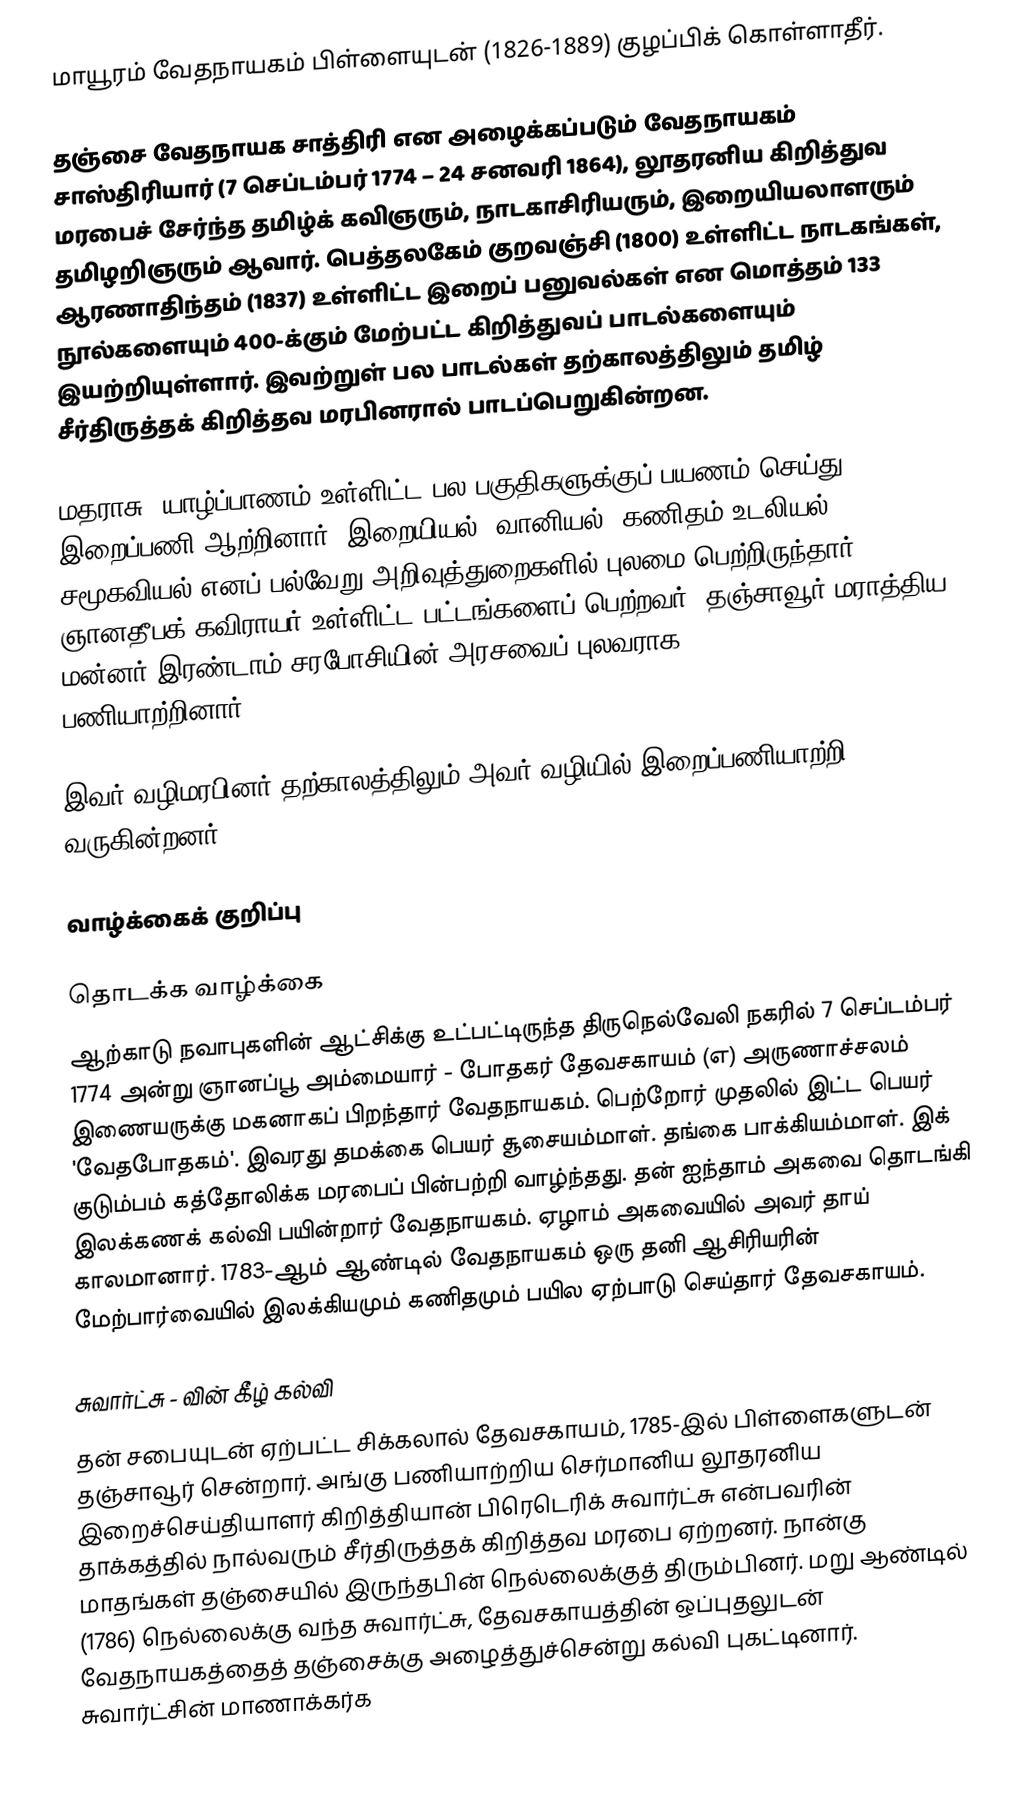
மாயூரம் வேதநாயகம் பிள்ளையுடன் (1826-1889) குழப்பிக் கொள்ளாதீர்.

தஞ்சை வேதநாயக சாத்திரி என அழைக்கப்படும் வேதநாயகம் சாஸ்திரியார் (7 செப்டம்பர் 1774 – 24 சனவரி 1864), லூதரனிய கிறித்துவ மரபைச் சேர்ந்த தமிழ்க் கவிஞரும், நாடகாசிரியரும், இறையியலாளரும் தமிழறிஞரும் ஆவார்.  பெத்தலகேம் குறவஞ்சி (1800) உள்ளிட்ட நாடகங்கள்,  ஆரணாதிந்தம் (1837) உள்ளிட்ட இறைப் பனுவல்கள் என மொத்தம் 133 நூல்களையும் 400-க்கும் மேற்பட்ட கிறித்துவப் பாடல்களையும் இயற்றியுள்ளார். இவற்றுள் பல பாடல்கள் தற்காலத்திலும் தமிழ் சீர்திருத்தக் கிறித்தவ மரபினரால் பாடப்பெறுகின்றன.

மதராசு, யாழ்ப்பாணம் உள்ளிட்ட பல பகுதிகளுக்குப் பயணம் செய்து இறைப்பணி ஆற்றினார். இறையியல், வானியல், கணிதம் உடலியல், சமூகவியல் எனப் பல்வேறு அறிவுத்துறைகளில் புலமை பெற்றிருந்தார். ஞானதீபக் கவிராயர் உள்ளிட்ட பட்டங்களைப் பெற்றவர். தஞ்சாவூர் மராத்திய மன்னர் இரண்டாம் சரபோசியின் அரசவைப் புலவராக (1829-32) பணியாற்றினார்.

இவர் வழிமரபினர் தற்காலத்திலும் அவர் வழியில் இறைப்பணியாற்றி வருகின்றனர்.

வாழ்க்கைக் குறிப்பு

தொடக்க வாழ்க்கை
ஆற்காடு நவாபுகளின் ஆட்சிக்கு உட்பட்டிருந்த திருநெல்வேலி நகரில் 7 செப்டம்பர் 1774 அன்று ஞானப்பூ அம்மையார் - போதகர் தேவசகாயம் (எ) அருணாச்சலம் இணையருக்கு மகனாகப் பிறந்தார் வேதநாயகம். பெற்றோர் முதலில் இட்ட பெயர் 'வேதபோதகம்'. இவரது தமக்கை பெயர்  சூசையம்மாள். தங்கை பாக்கியம்மாள். இக் குடும்பம் கத்தோலிக்க மரபைப் பின்பற்றி வாழ்ந்தது. தன் ஐந்தாம் அகவை தொடங்கி இலக்கணக் கல்வி பயின்றார் வேதநாயகம். ஏழாம் அகவையில் அவர் தாய் காலமானார். 1783-ஆம் ஆண்டில் வேதநாயகம் ஒரு தனி ஆசிரியரின் மேற்பார்வையில் இலக்கியமும் கணிதமும் பயில ஏற்பாடு செய்தார் தேவசகாயம்.

சுவார்ட்சு - வின் கீழ் கல்வி
தன் சபையுடன் ஏற்பட்ட சிக்கலால் தேவசகாயம், 1785-இல் பிள்ளைகளுடன் தஞ்சாவூர் சென்றார். அங்கு பணியாற்றிய செர்மானிய லூதரனிய இறைச்செய்தியாளர்  கிறித்தியான் பிரெடெரிக் சுவார்ட்சு என்பவரின் தாக்கத்தில் நால்வரும் சீர்திருத்தக் கிறித்தவ மரபை ஏற்றனர். நான்கு மாதங்கள் தஞ்சையில் இருந்தபின் நெல்லைக்குத் திரும்பினர். மறு ஆண்டில் (1786) நெல்லைக்கு வந்த சுவார்ட்சு,  தேவசகாயத்தின் ஒப்புதலுடன் வேதநாயகத்தைத் தஞ்சைக்கு அழைத்துச்சென்று கல்வி புகட்டினார். சுவார்ட்சின் மாணாக்கர்க